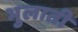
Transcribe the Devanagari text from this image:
भुलाती